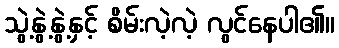
သွဲ့နွဲ့နွဲ့နှင့် စိမ်းလဲ့လဲ့ လွင်နေပါ၏။